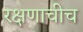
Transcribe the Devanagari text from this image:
रक्षणाचीच